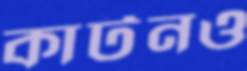
কার্টনও